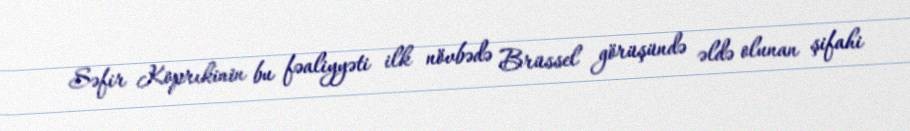
Səfir Koprıkinin bu fəaliyyəti ilk növbədə Brüssel görüşündə əldə olunan şifahi